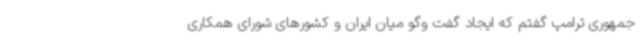
جمهوری ترامپ گفتم که ایجاد گفت وگو میان ایران و کشورهای شورای همکاری